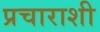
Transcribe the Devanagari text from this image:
प्रचाराशी